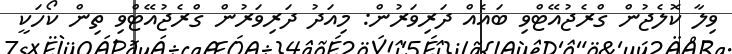
ވިލާ ކޮލެޖުން ގްރެޖުއޭޓްވި ބައެއް ދަރިވަރުން: މިއަދު ދަރިވަރުން ގްރެޖުއޭޓްވި ތިން ކޯހަކީ